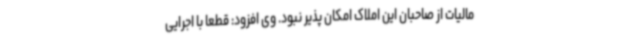
مالیات از صاحبان این املاک امکان پذیر نبود. وی افزود: قطعا با اجرایی